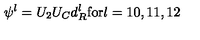
\psi ^ { l } = U _ { 2 } U _ { C } d _ { R } ^ { l } \mathrm { f o r } l = 1 0 , 1 1 , 1 2